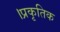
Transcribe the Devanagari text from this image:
।प्रकृतिक